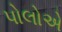
પોલોએ